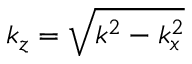
k _ { z } = \sqrt { k ^ { 2 } - k _ { x } ^ { 2 } }